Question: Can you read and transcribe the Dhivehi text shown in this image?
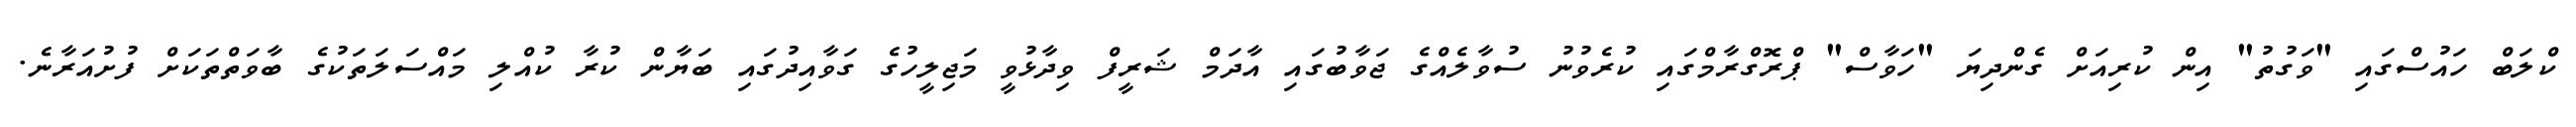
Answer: ކްލަބް ހައުސްގައި "ވަގުތު" އިން ކުރިއަށް ގެންދިޔަ "ހަވާސް" ޕްރޮގްރާމްގައި ކުރެވުނު ސުވާލެއްގެ ޖަވާބުގައި އާދަމް ޝަރީފް ވިދާޅުވީ މަޖިލީހުގެ ގަވާއިދުގައި ބަޔާން ކުރާ ކުއްލި މައްސަލަތަކުގެ ބާވަތްތަކަށް ފުށުއަރާނެ.